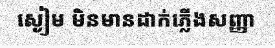
ស្ងៀម មិនមានដាក់ភ្លើងសញ្ញា